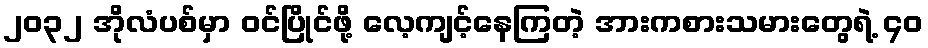
၂၀၃၂ အိုလံပစ်မှာ ဝင်ပြိုင်ဖို့ လေ့ကျင့်နေကြတဲ့ အားကစားသမားတွေရဲ့ ၄၀